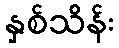
နှစ်သိန်း